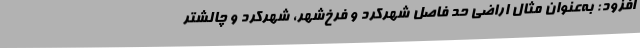
افزود: به‌عنوان مثال اراضی حد فاصل شهرکرد و فرخ‌شهر، شهرکرد و چالشتر